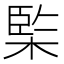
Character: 𣔿